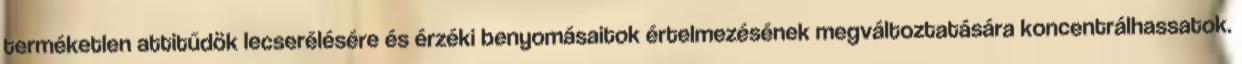
terméketlen attitűdök lecserélésére és érzéki benyomásaitok értelmezésének megváltoztatására koncentrálhassatok.